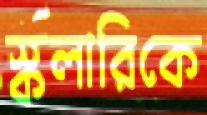
স্কলারিকে